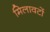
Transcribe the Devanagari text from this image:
मिलावटों